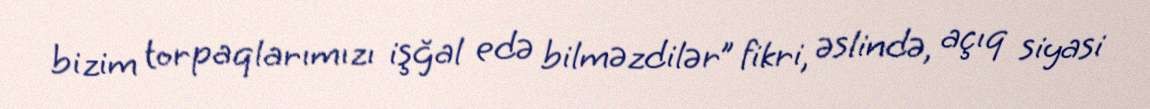
bizim torpaqlarımızı işğal edə bilməzdilər” fikri, əslində, açıq siyasi